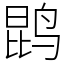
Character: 鹍